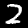
Label: 2